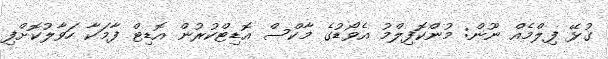
ގުޅޭ ފިލްމެއް ނޫން: މުންކޮފިލްމު އެވޯޑުގެ މާކްސް އޮޑިޓްކުރުން އޮޑިޓް ފާމަކާ ހަވާލުކޮށްފި